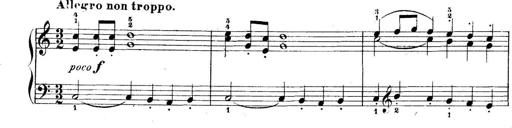
Title: 5 Sonatinas
Composer: Theodor Kirchner